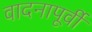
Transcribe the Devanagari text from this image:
वादनापूर्वी